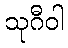
သုဂီဝါ